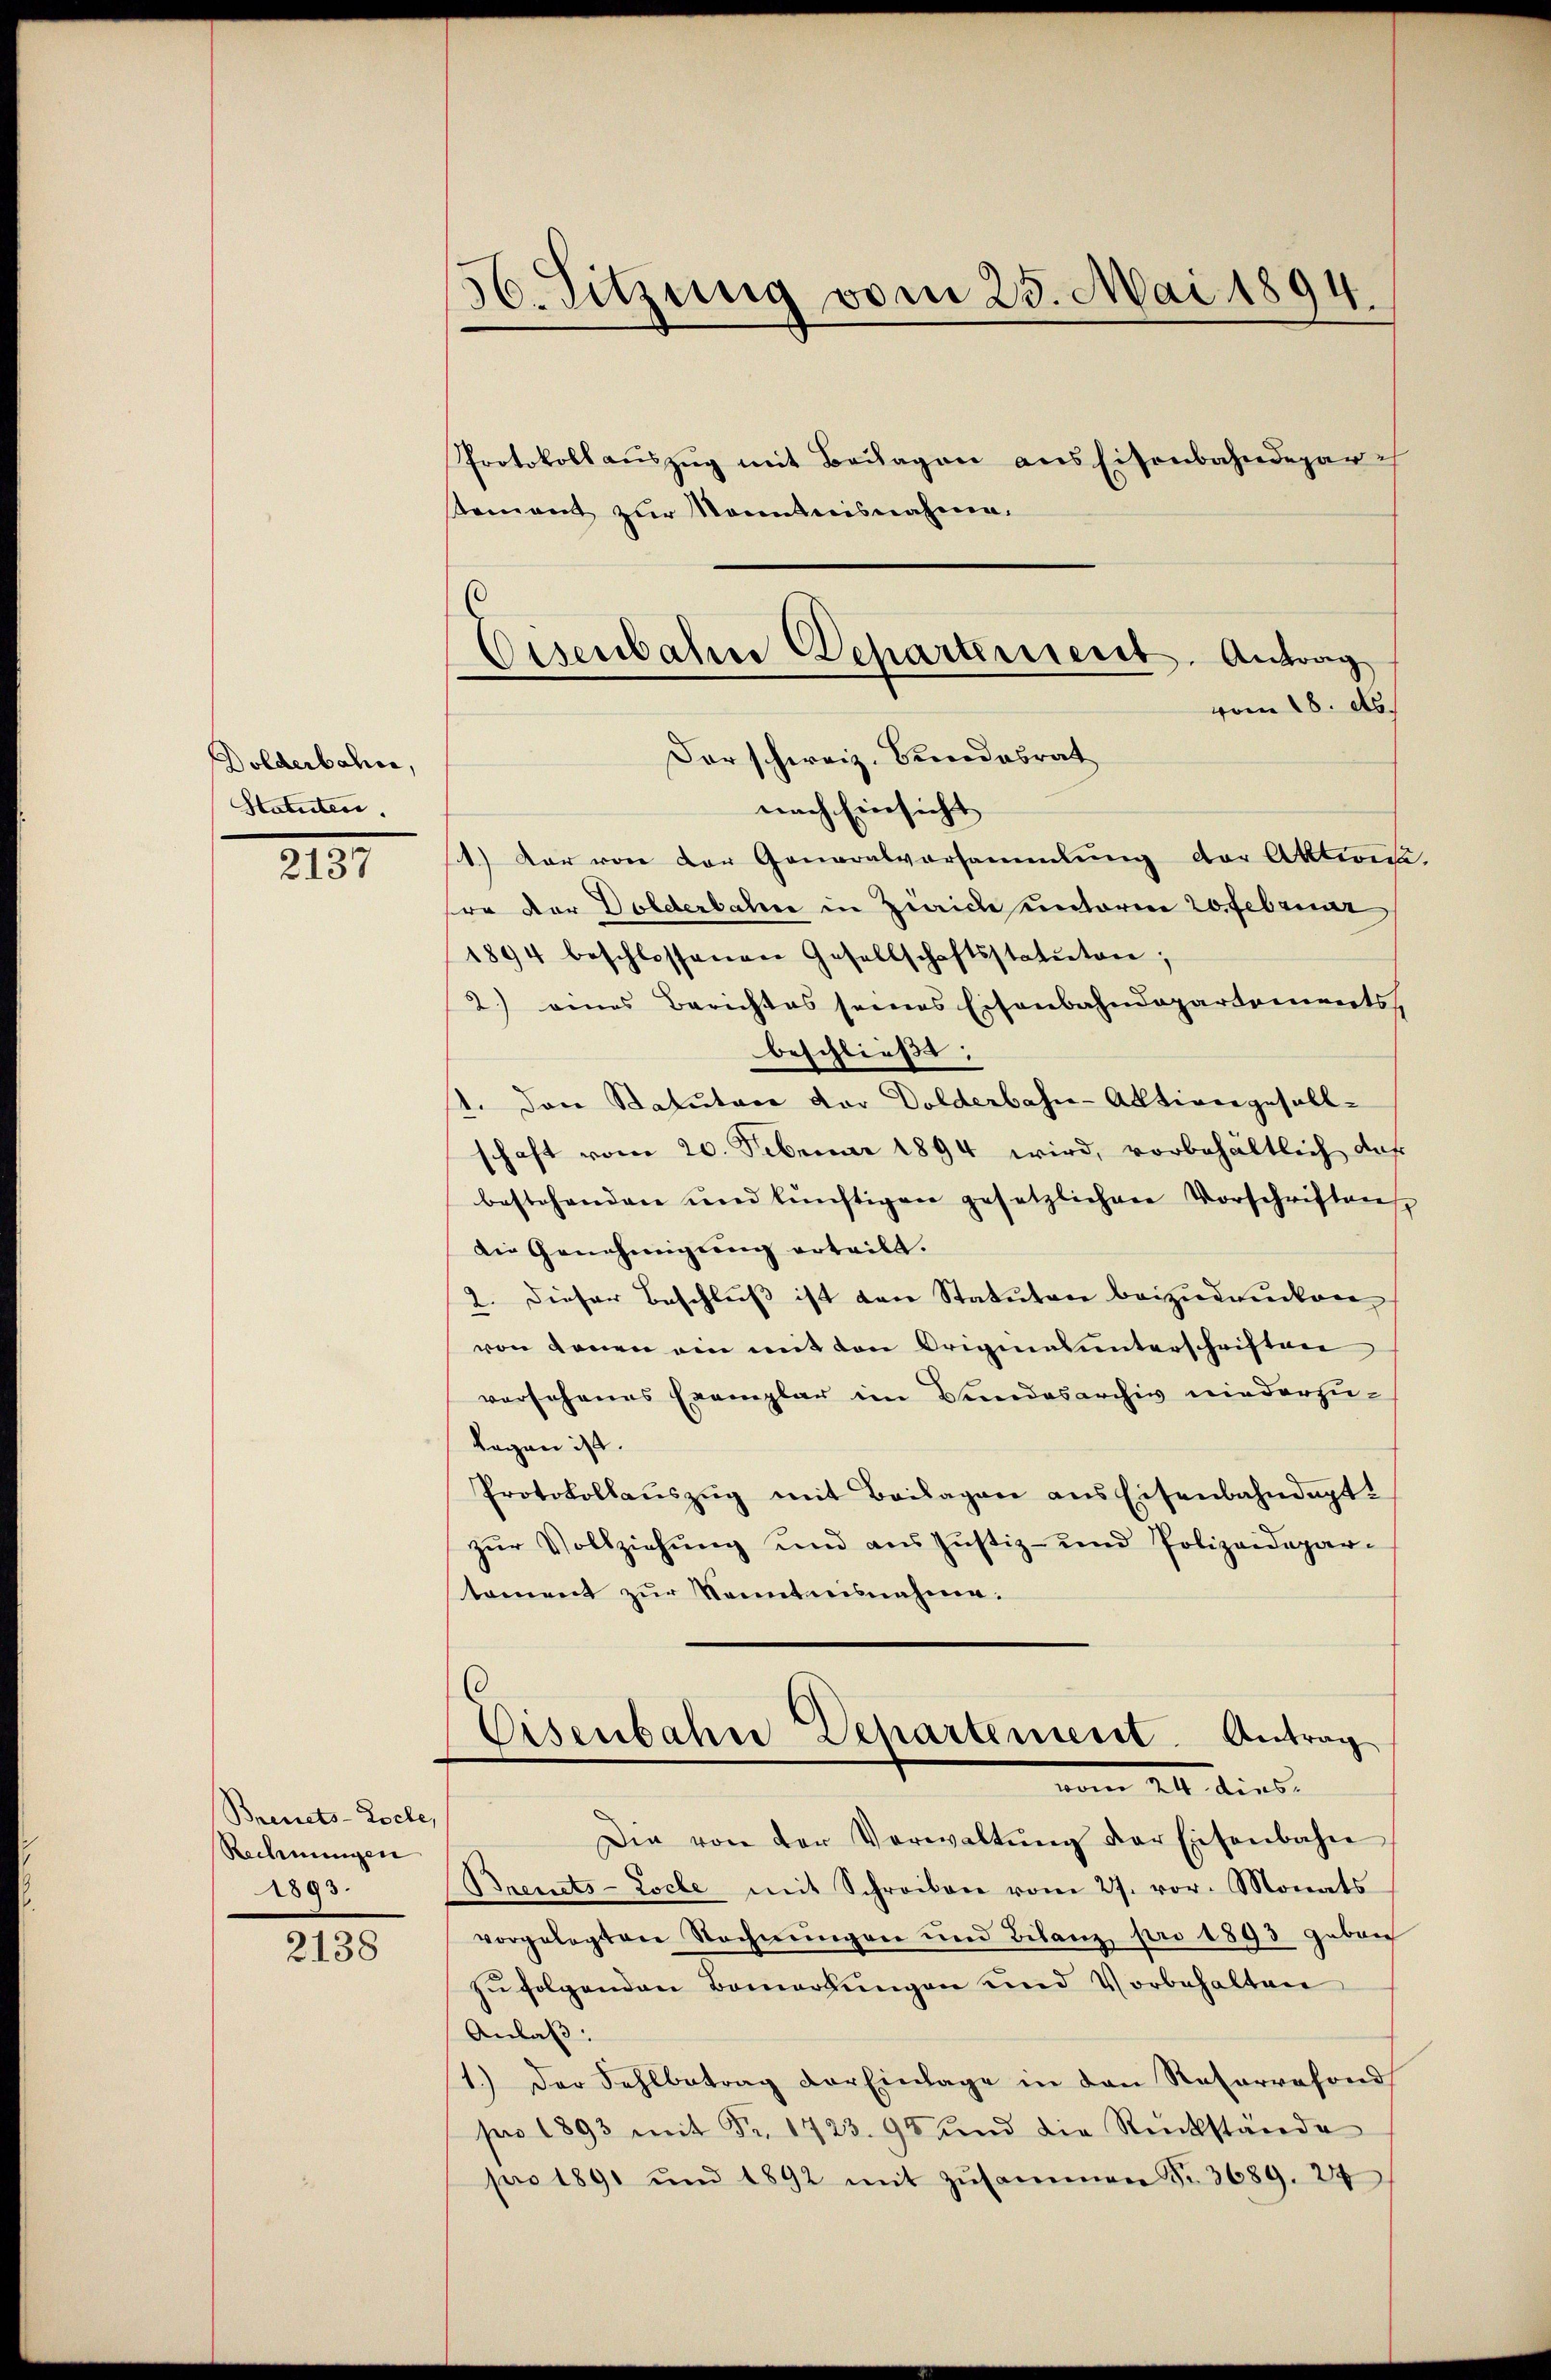
Dolderbahn,
Statuten.

2137

Brinets-Loche,
Rechnungen
1893.

2138

56. Sitzung vom 23. Mai 1894.
Protokollauszug mit Beilagen aus Eisenbahndepar
stement zur Manntnisnahme.

nach Einsicht
1.) Der von der Generalvorsammlung der Aktions-
son der Dolderbahn in Ziaiche unterm 20. Februar
1894 beschlossenen Gesellschaftsstatuten;
2.) eines Berichtes seines Eisenbahndepartements
beschließt:
1. Den Batutare der Dolderbahn-Aktiengesell-
schaft vom 20. Februar 1894 wird, vorbehaltlich das
bestehenden und künftigen gesetzlichen Vorschriften,
die Genehmigŭng erteilt.
2. dieser Beschluß ist von Statutare beizudrucken
von denen ein mit den Originalunterschriften
vorsehenes Exemplar im Bundesarchiv niederzu¬
Legen ist.
Protokollaŭszŭg mit Beilagen ans Eisenbahndapt.
zŭr Vollziehung und aus Justiz- und Polizeidepar-
toment zur Kenntnisnahme.
Eisenbahne Departement. Antrag
 dies
Die von der Verwaltŭng der Eisenbahn
Breuets-Loche mit Schreiben vom 27. vor. Monats
vorgelegten Rechnŭngen und Bilanz pro 1893 gebon
zu folgenden Bemerkungen und Vorbehalten
Anlaß.
1.) Der Fehlbetrag der Einlage in den Reserresond
pro 1893 mit Fr. 1723. 95 und die Rückstande
pro 1891 und 1892 mit Zŭsammen Fr. 3689. 24

Eisenbahn Departement. Antrag
vom 18. ds.
Der schweiz. Bundesrat